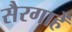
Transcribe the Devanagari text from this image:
सैरगाहें